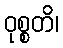
ဝုစ္စတိ၊